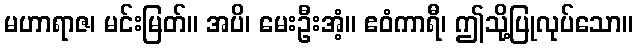
မဟာရာဇ၊ မင်းမြတ်။ အပိ၊ မေးဦးအံ့။ ဧဝံကာရီ၊ ဤသို့ပြုလုပ်သော။